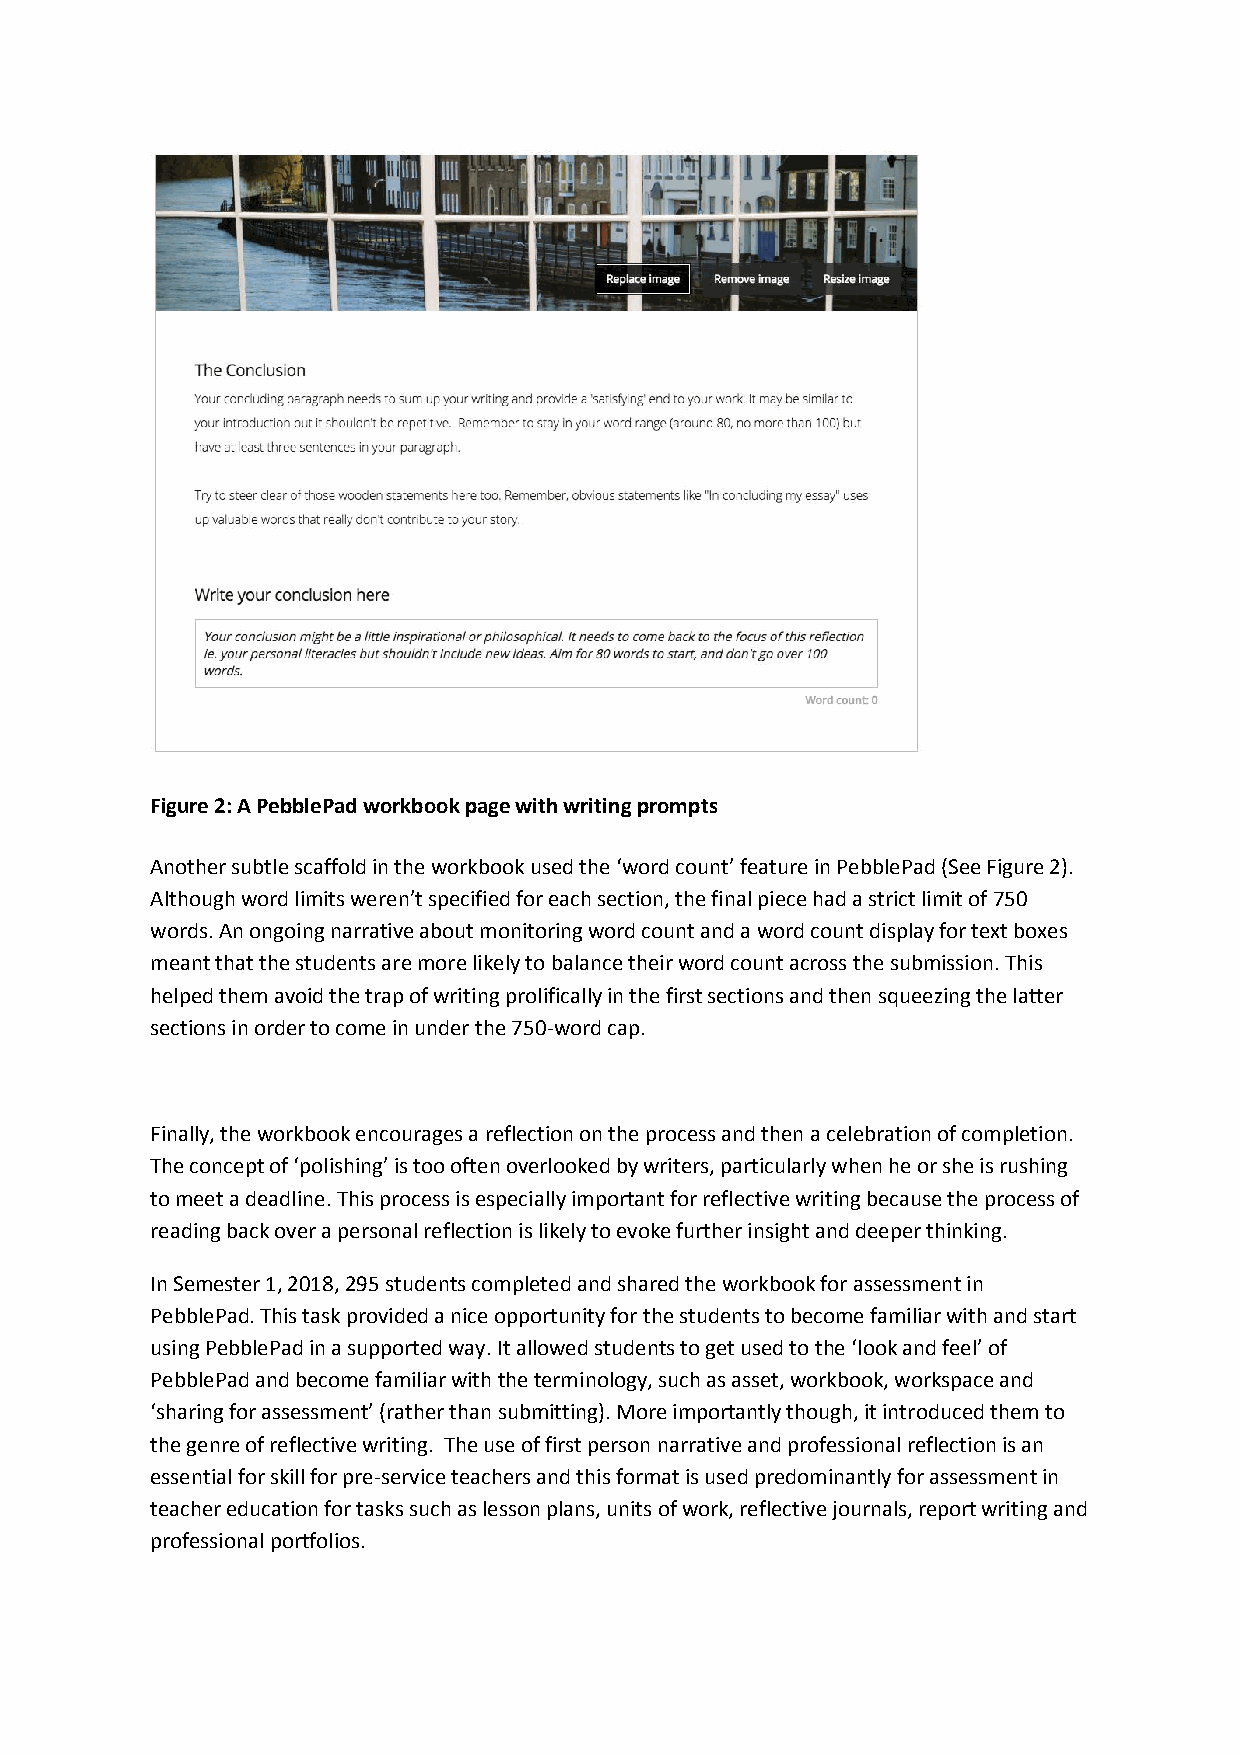
Figure 2: A PebblePad workbook page with writing prompts
 Another subtle scaffold in the workbook used the ‘word count’ feature in PebblePad (See Figure 2).
 Although word limits weren’t specified for each section, the final piece had a strict limit of 750
 words. An ongoing narrative about monitoring word count and a word count display for text boxes
 meant that the students are more likely to balance their word count across the submission. This
 helped them avoid the trap of writing prolifically in the first sections and then squeezing the latter
 sections in order to come in under the 750-word cap.
 Finally, the workbook encourages a reflection on the process and then a celebration of completion.
 The concept of ‘polishing’ is too often overlooked by writers, particularly when he or she is rushing
 to meet a deadline. This process is especially important for reflective writing because the process of
 reading back over a personal reflection is likely to evoke further insight and deeper thinking.
 In Semester 1, 2018, 295 students completed and shared the workbook for assessment in
 PebblePad. This task provided a nice opportunity for the students to become familiar with and start
 using PebblePad in a supported way. It allowed students to get used to the ‘look and feel’ of
 PebblePad and become familiar with the terminology, such as asset, workbook, workspace and
 ‘sharing for assessment’ (rather than submitting). More importantly though, it introduced them to
 the genre of reflective writing. The use of first person narrative and professional reflection is an
 essential for skill for pre-service teachers and this format is used predominantly for assessment in
 teacher education for tasks such as lesson plans, units of work, reflective journals, report writing and
 professional portfolios.